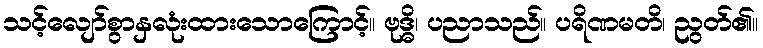
သင့်လျော်စွာနှလုံးထားသောကြောင့်။ ဗုဒ္ဓိ၊ ပညာသည်။ ပရိဏမတိ၊ ညွတ်၏။